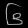
Digit: ၆